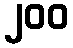
၂၀၀